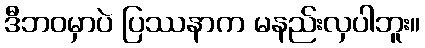
ဒီဘဝမှာပဲ ပြဿနာက မနည်းလှပါဘူး။